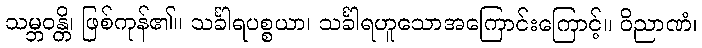
သမ္ဘဝန္တိ၊ ဖြစ်ကုန်၏။ သင်္ခါရပစ္စယာ၊ သင်္ခါရဟူသောအကြောင်းကြောင့်။ ဝိညာဏံ၊